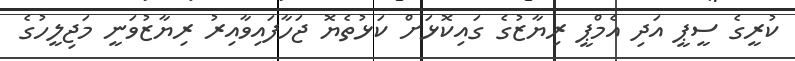
ކުރީގެ ސީޕީ އަދި އެމްޕީ ރިޔާޒުގެ ގައިކޮޅަށް ކަޅުތެޔޮ ޖަހާފައިވާއިރު ރިޔާޒުވަނީ މަޖިލީހުގެ